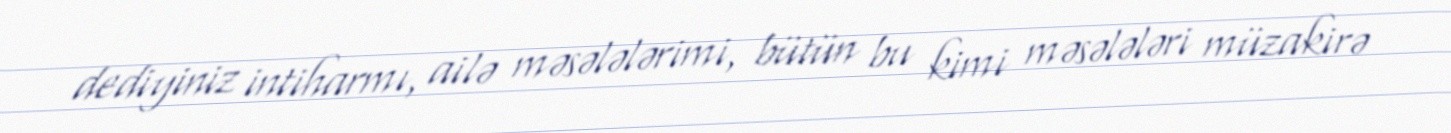
dediyiniz intiharmı, ailə məsələlərimi, bütün bu kimi məsələləri müzakirə